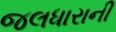
જલધારાની